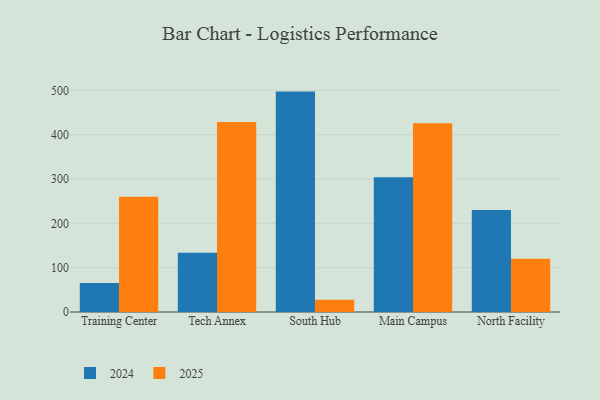
{"axis": {"x": "Campus", "y": "Gross Profit (USD K)"}, "legend": ["2024", "2025"], "data": [{"x": "Training Center", "y": 65.3, "type": "2024"}, {"x": "Training Center", "y": 260.0, "type": "2025"}, {"x": "Tech Annex", "y": 133.4, "type": "2024"}, {"x": "Tech Annex", "y": 428.6, "type": "2025"}, {"x": "South Hub", "y": 497.1, "type": "2024"}, {"x": "South Hub", "y": 27.9, "type": "2025"}, {"x": "Main Campus", "y": 304.1, "type": "2024"}, {"x": "Main Campus", "y": 425.9, "type": "2025"}, {"x": "North Facility", "y": 229.8, "type": "2024"}, {"x": "North Facility", "y": 120.1, "type": "2025"}]}